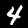
Digit: 4